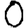
Digit: 0